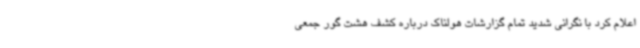
اعلام کرد با نگرانی شدید تمام گزارشات هولناک درباره کشف هشت گور جمعی